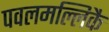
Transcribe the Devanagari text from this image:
पवलमल्लिकै